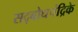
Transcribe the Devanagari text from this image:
सद्बोधचंद्रिके